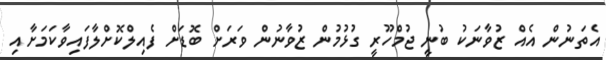
އެތަނުން އެއް ޒުވާނަކު ބުނީ ޖުމްހޫރީ ގުޅުމުން ޒުވާނުން ވަރަށް ބޮޑަށް ފެއިލްކޮށްލާފައިވާކަމަށާއި